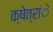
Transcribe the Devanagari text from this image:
क्षेत्रांे